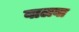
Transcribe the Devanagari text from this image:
बालबा